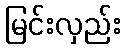
မြင်းလှည်း